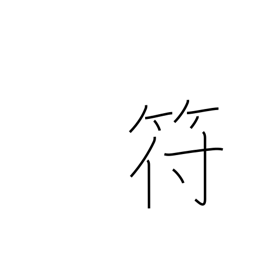
Meaning: tally